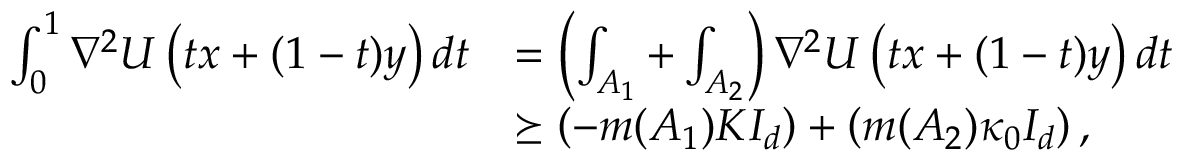
\begin{array} { r l } { \int _ { 0 } ^ { 1 } \nabla ^ { 2 } U \left( t x + ( 1 - t ) y \right) d t } & { = \left( \int _ { A _ { 1 } } + \int _ { A _ { 2 } } \right) \nabla ^ { 2 } U \left( t x + ( 1 - t ) y \right) d t } \\ & { \succeq \left( - m ( A _ { 1 } ) K I _ { d } \right) + \left( m ( A _ { 2 } ) \kappa _ { 0 } I _ { d } \right) , } \end{array}